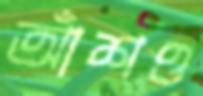
আঁশও